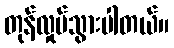
တုန်လှုပ်သွားပါတယ်။